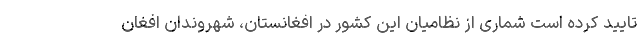
تایید کرده است شماری از نظامیان این کشور در افغانستان، شهروندان افغان